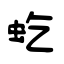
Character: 虼